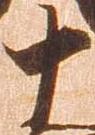
十